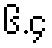
၆.၄